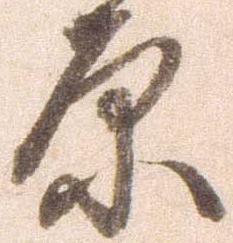
原